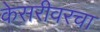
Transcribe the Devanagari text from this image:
केसरीवरचा